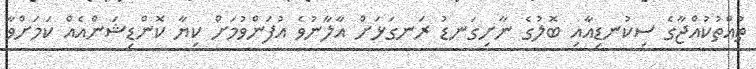
ތުއްތުކުއްޖާގެ ސިކުނޑިއާއި ބޮލުގެ ނާށިގަނޑު ރަނގަޅަށް އާލާނުވެ އުފަންވުމަށް ކިޔާ ކޮންޑިޝަންއެއް ކަމަށްވާ